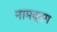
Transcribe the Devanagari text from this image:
नामक्रम